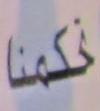
ككمنا